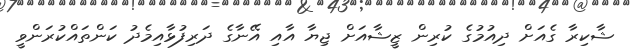
ޝާކިރާ ގެއަށް ދިއުމުގެ ކުރިން ޒީޝާއަށް ޖިޔާ އާއި އޭނާގެ ދަރިފުޅާއިމެދު ކަންތައްކުރަންވީ